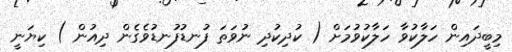
މިބީދައިން ހަލާކުވާ ހަލާކުވުމަށް ( ކުދިކުދި ނުވަތަ ފުނޑުފުނޑުވެގެން ދިއުން ) ކިޔަނީ